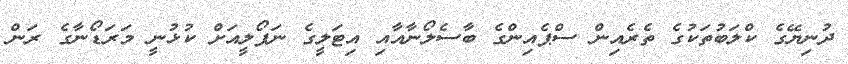
ދުނިޔޭގެ ކްލަބުތަކުގެ ތެރެއިން ސްޕެއިންގެ ބާސެލޯނާއާއި އިޓަލީގެ ނަޕޯލީއަށް ކުޅުނީ މަރަޑޯނާގެ ރަން